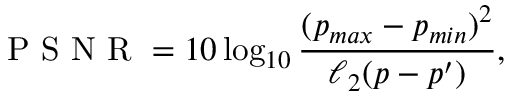
\mathrm { ~ P ~ S ~ N ~ R ~ } = 1 0 \log _ { 1 0 } \frac { ( p _ { m a x } - p _ { m i n } ) ^ { 2 } } { \ell _ { 2 } ( p - p ^ { \prime } ) } ,